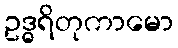
ဥဒ္ဓရိတုကာမော